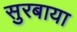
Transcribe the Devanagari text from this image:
सुरबाया